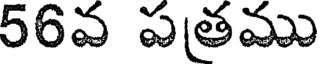
56వ పతము